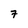
Character: 7